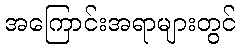
အကြောင်းအရာများတွင်